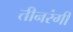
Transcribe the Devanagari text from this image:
तीनरंगी